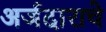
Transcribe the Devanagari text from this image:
अर्जदाराचे